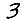
Digit: 3